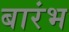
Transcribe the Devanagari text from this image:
बारंभ